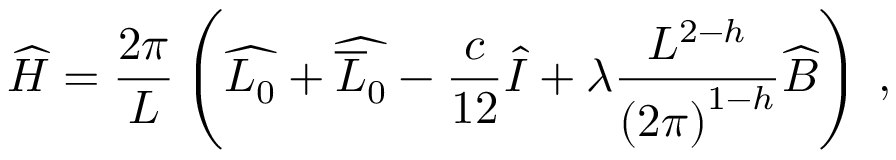
\widehat { H } = \displaystyle \frac { 2 \pi } { L } \left( \widehat { L _ { 0 } } + \widehat { \overline { { { L } } } _ { 0 } } - \displaystyle \frac { c } { 1 2 } \widehat { I } + \lambda \displaystyle \frac { L ^ { 2 - h } } { \left( 2 \pi \right) ^ { 1 - h } } \widehat { B } \right) \: ,